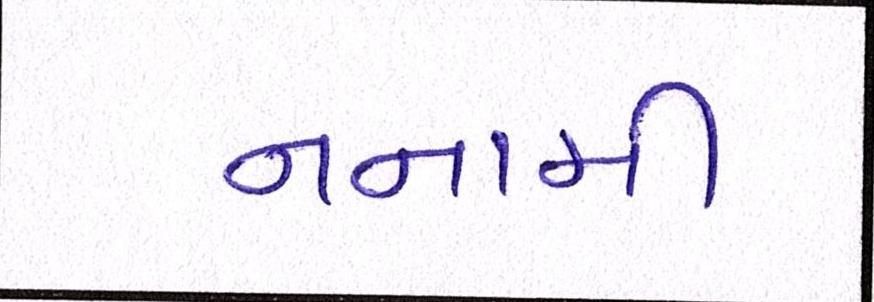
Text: નનામી